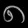
Digit: ၈